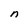
Character: n